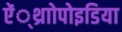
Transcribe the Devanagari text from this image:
ऐं्थ्राोपोइडिया